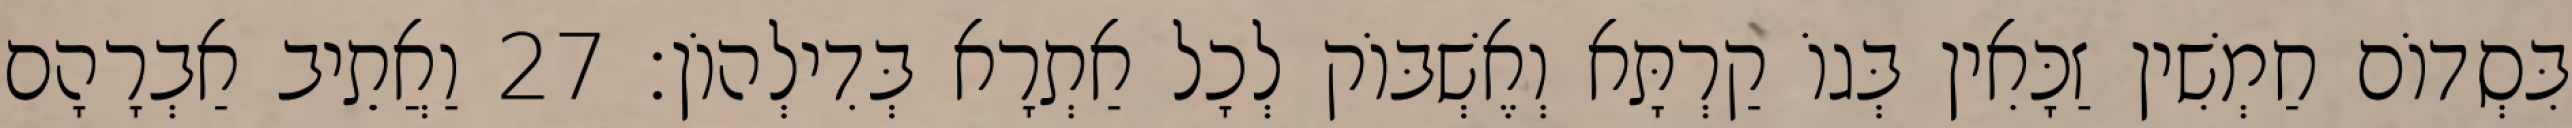
בִּסְדוֹם חַמְשִׁין זַכָּאִין בְּגוֹ קַרְתָּא וְאֶשְׁבּוֹק לְכָל אַתְרָא בְּדִילְהוֹן׃ 27 וַאֲתֵיב אַבְרָהָם